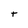
Character: t